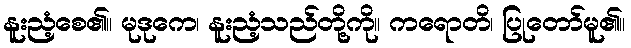
နူးညံ့စေ၏။ မုဒုကေ၊ နူးညံ့သည်တို့ကို။ ကရောတိ၊ ပြုတော်မူ၏။